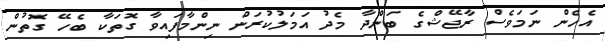
އެހެން ނަމަވެސް ރާޖޭޝްގެ ބަންދާ މެދު އަމަލުކުރަން ނިންމާފައިވާ ގޮތަކާ ބެހޭ ގޮތުން